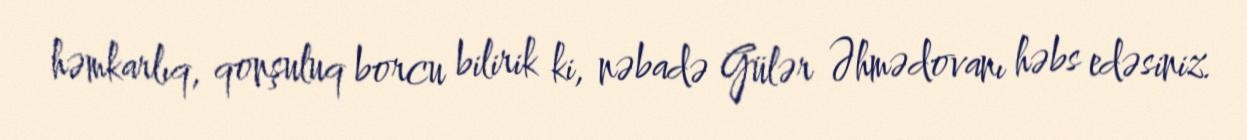
həmkarlıq, qonşuluq borcu bilirik ki, nəbadə Gülər Əhmədovanı həbs edəsiniz.